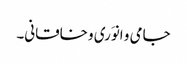
جامی و انوَری و خاقانی۔